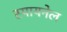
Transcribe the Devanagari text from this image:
स्पायनेल